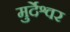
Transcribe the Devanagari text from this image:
मुर्देश्वर